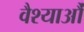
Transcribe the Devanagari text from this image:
वैश्याऔं